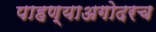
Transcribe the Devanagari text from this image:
पाहण्याअगोदरच